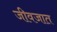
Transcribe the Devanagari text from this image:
जीवजात